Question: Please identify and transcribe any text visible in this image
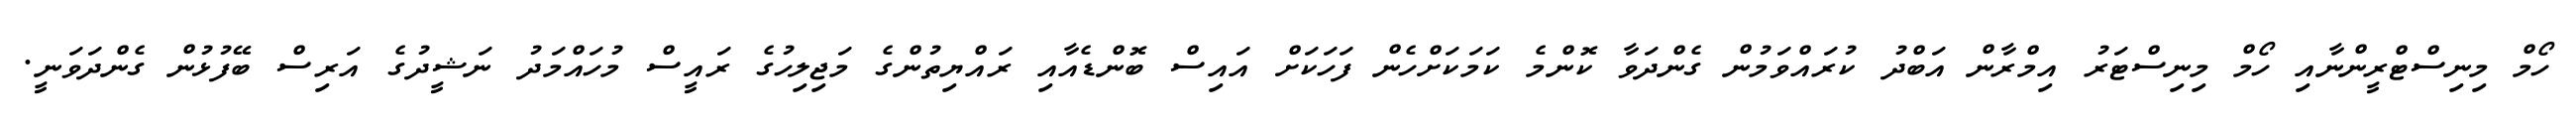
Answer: ހޯމް މިނިސްޓްރީންނާއި ހޯމް މިނިސްޓަރު އިމްރާން އަބްދު ކުރައްވަމުން ގެންދަވާ ކޮންމެ ކަމަކަށްހެން ފަހަކަށް އައިސް ބޮންޑެއާއި ރައްޔިތުންގެ މަޖިލިހުގެ ރައީސް މުހައްމަދު ނަޝީދުގެ އަރިސް ބޭފުޅުން ގެންދަވަނީ.